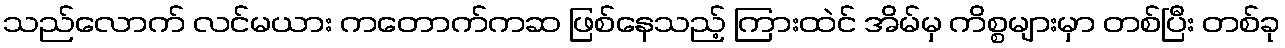
သည်လောက် လင်မယား ကတောက်ကဆ ဖြစ်နေသည့် ကြားထဲင် အိမ်မှ ကိစ္စများမှာ တစ်ပြီး တစ်ခု